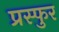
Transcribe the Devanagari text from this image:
प्रस्फुर